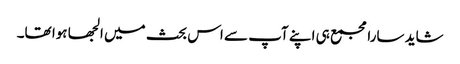
شاید سارا مجمع ہی اپنے آپ سے اس بحث میں الجھا ہوا تھا۔